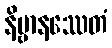
နိဗ္ဗာနဿေတံ